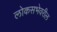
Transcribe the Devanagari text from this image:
लोकसभेवरील